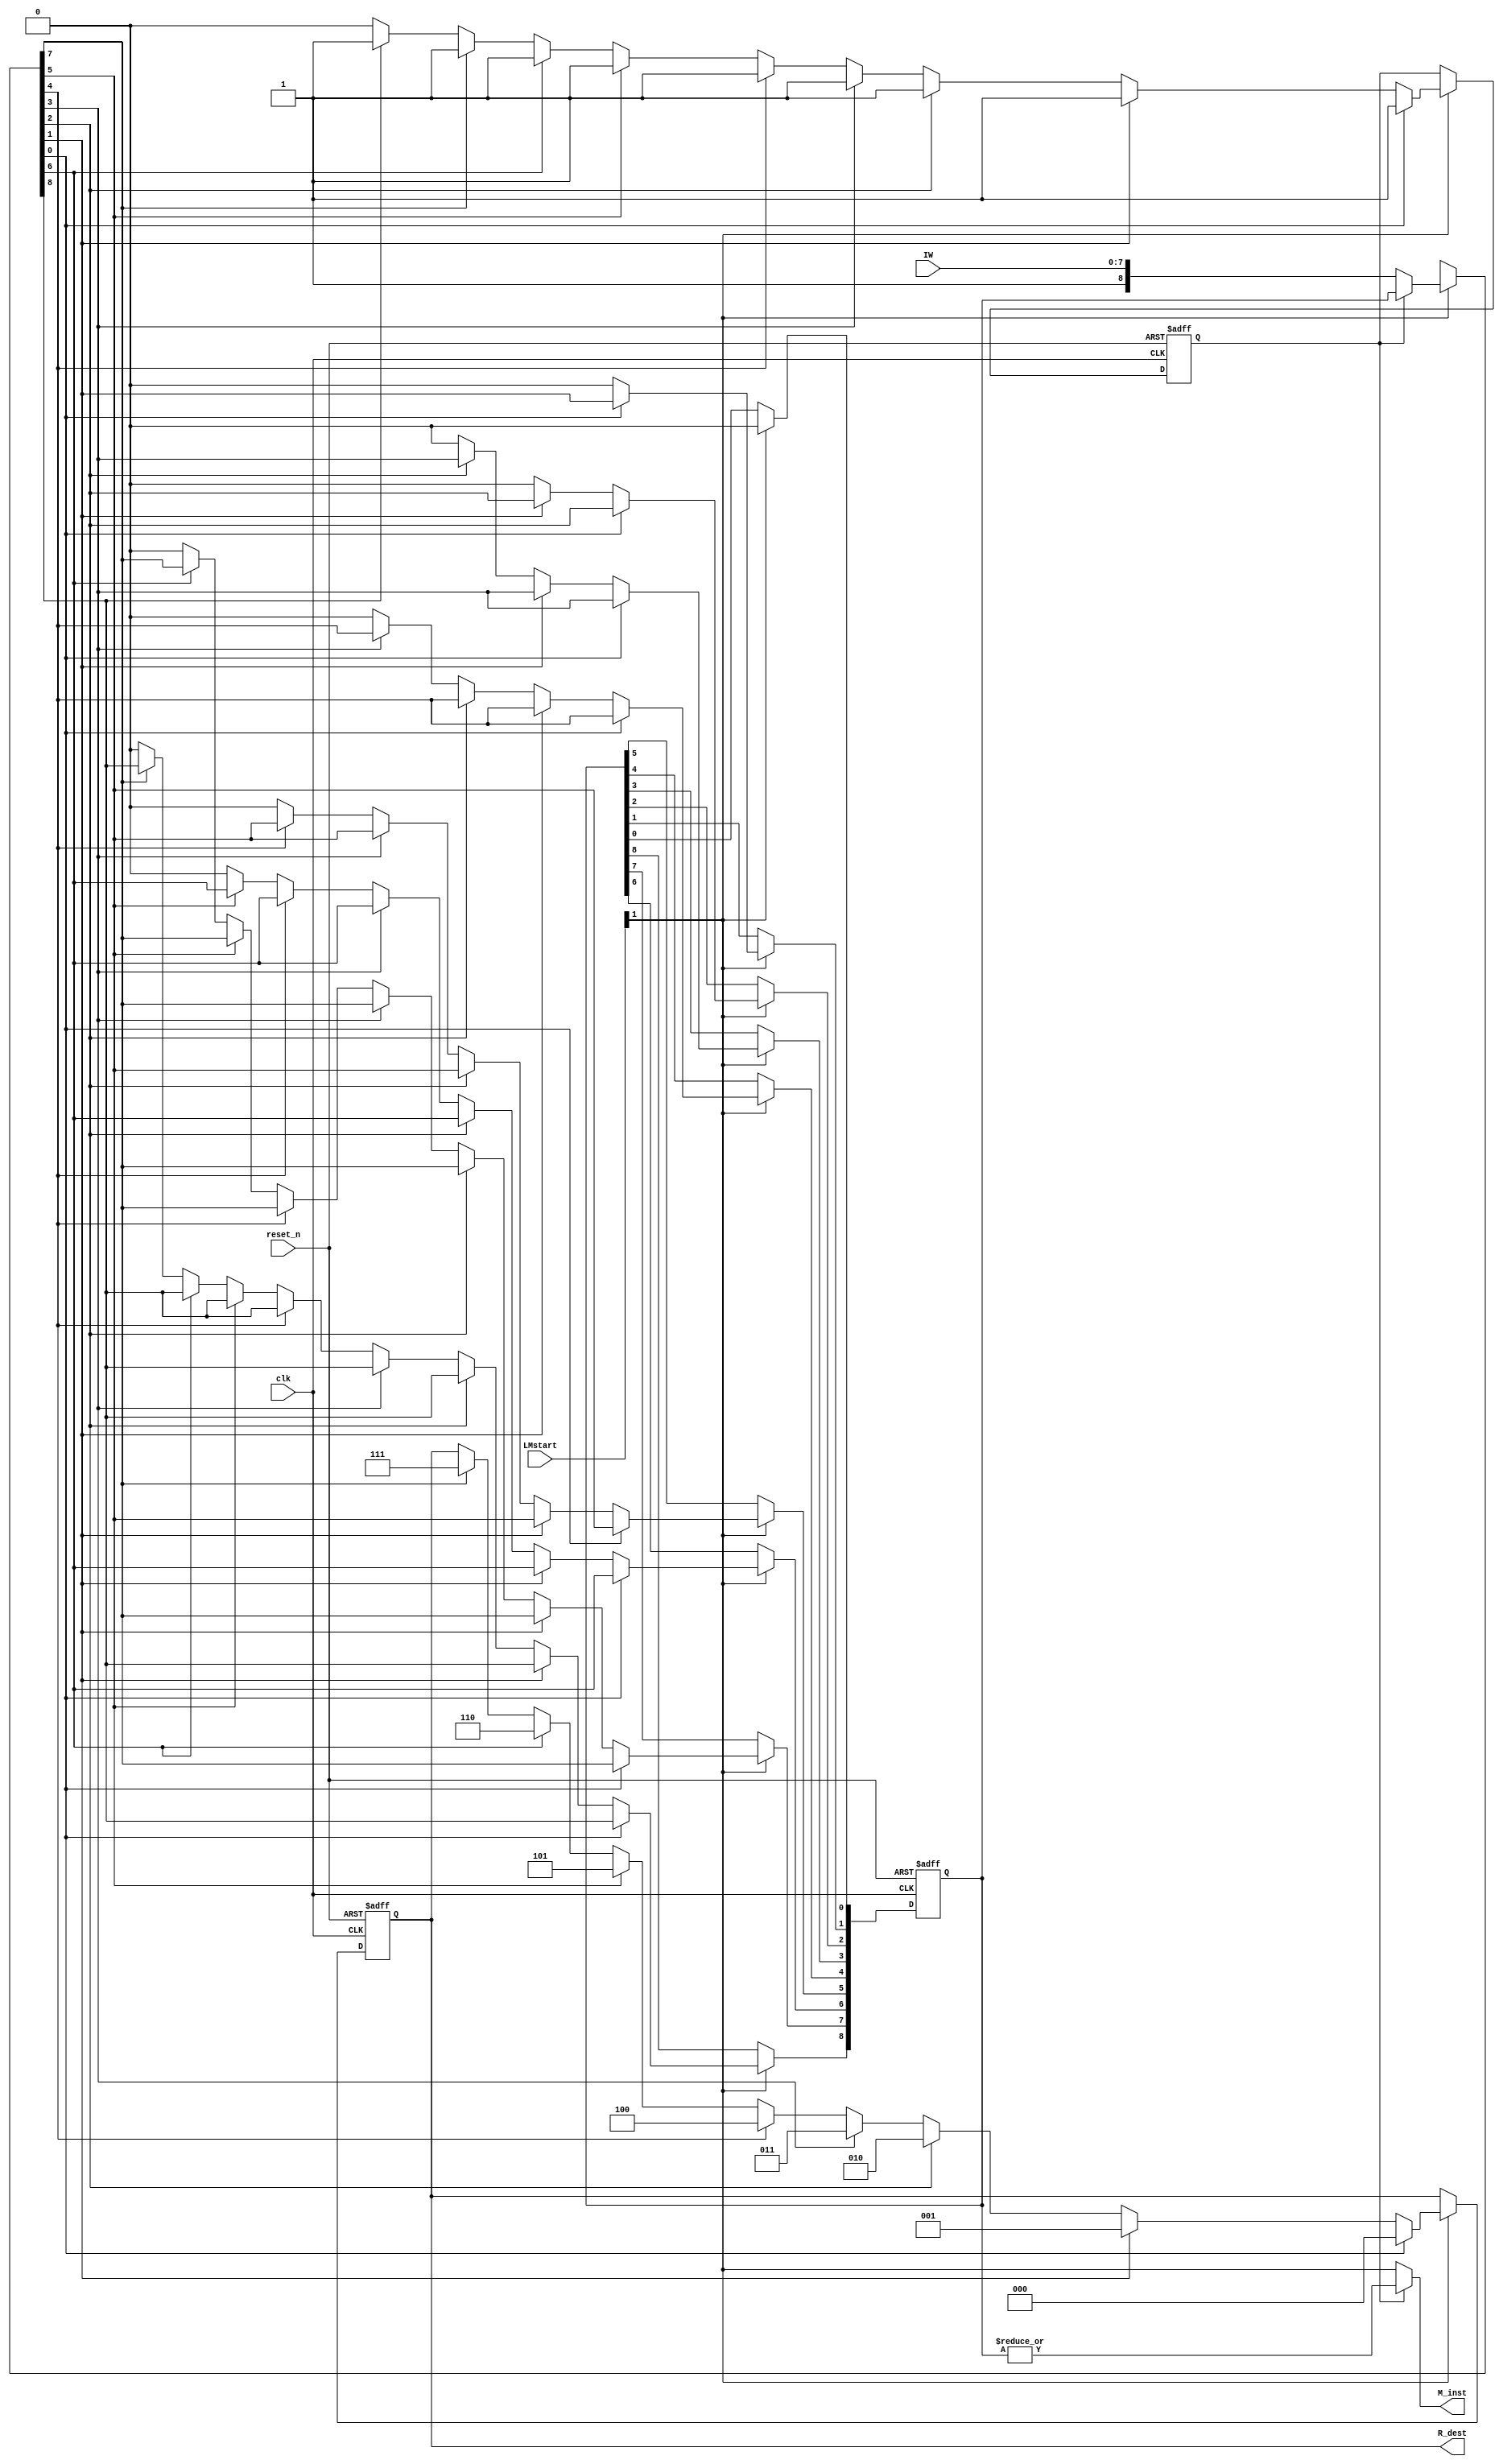
module M_inst_Controller (clk,LMstart,IW,M_inst,R_dest,reset_n);
//ports
	input clk;
	input [1:0] LMstart;
	input [7:0] IW;
	output M_inst;
	output reg [2:0] R_dest;
	input reset_n;
//necessay const and addition
	reg [8:0] Encoded;
	reg check;
//selection

	assign M_inst = check!=1'b1 ? LMstart[1] : |Encoded;
	
	always @ (negedge(clk) or negedge(reset_n))
		begin
		if(reset_n==1'b0)
			begin
			check=1'b0;
			Encoded=8'h00;
			R_dest=3'bzzz;
			end
		else if(LMstart[1]==1'b1)
			begin
			if(check==1'b0)
				begin
				Encoded={1'b1,IW[7:0]};			
				check=1'b1;
				end
			if(Encoded[0]==1'b1)
				begin
				Encoded[0]<=1'b0;
				R_dest<=3'b000;
				end
			else if(Encoded[1]==1'b1)
				begin
				Encoded[1]<=1'b0;
				R_dest<=3'b001;
				end
			else if(Encoded[2]==1'b1)
				begin
				Encoded[2]<=1'b0;
				R_dest<=3'b010;
				end
			else if(Encoded[3]==1'b1)
				begin
				Encoded[3]<=1'b0;
				R_dest<=3'b011;
				end
			else if(Encoded[4]==1'b1)
				begin
				Encoded[4]<=1'b0;
				R_dest<=3'b100;
				end
			else if(Encoded[5]==1'b1)
				begin
				Encoded[5]<=1'b0;
				R_dest<=3'b101;
				end
			else if(Encoded[6]==1'b1)
				begin
				Encoded[6]<=1'b0;
				R_dest<=3'b110;
				end
			else if(Encoded[7]==1'b1)
				begin
				Encoded[7]<=1'b0;
				R_dest<=3'b111;
				end
			else if(Encoded[8]==1'b1)
				begin
				Encoded[8]<=1'b0;
				end
			else
				check=1'b0;
			end
		end
	
endmodule